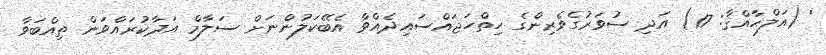
' (އަލްޙާއްޤާ: 17) އަދި ސުވަރުގެވެރިންގެ ހިތްހަޖައްސައިދެއްވާ އެބޭކަލުންނަށް ސަލާމް އަދާކުރައްވަން ތިއްބަވާ